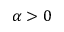
\alpha > 0